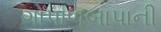
ગોપાળબાપાની